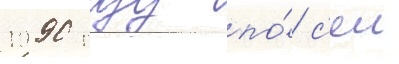
1990 году по́ с'еи